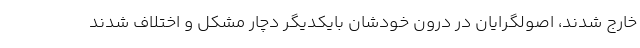
خارج شدند، اصولگرایان در درون خودشان بایکدیگر دچار مشکل و اختلاف شدند